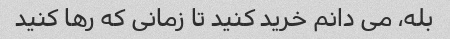
بله، می دانم خرید کنید تا زمانی که رها کنید